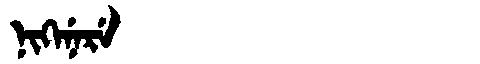
Manchu: ᠨᡳᡴᡝᠨᡝᡵᡝ
Romanization: NIKENERE